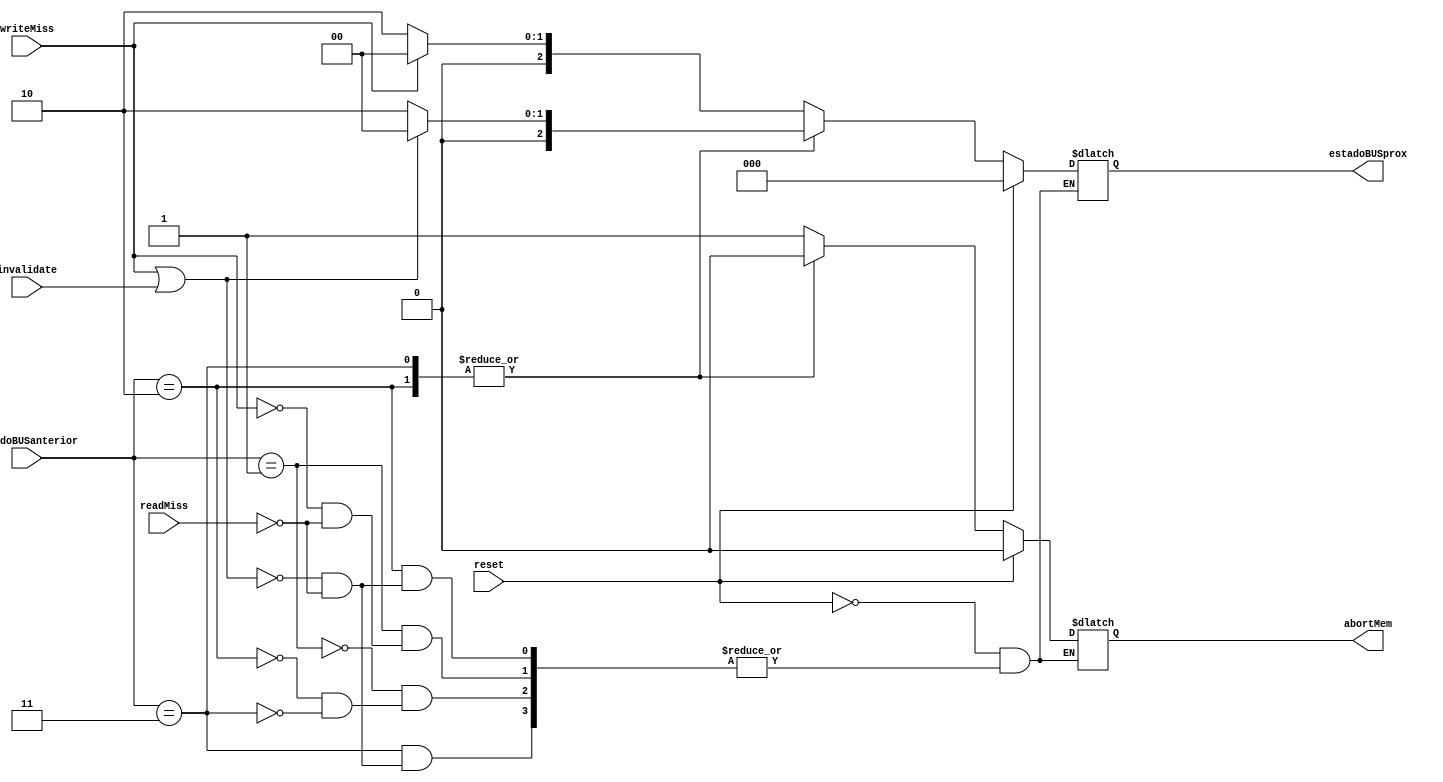
module maquinaMESIbus(estadoBUSanterior, readMiss, writeMiss, invalidate, abortMem, estadoBUSprox, reset);

	input [2:0] estadoBUSanterior;
	input readMiss, writeMiss, invalidate, reset;
	
	output reg [2:0] estadoBUSprox;
	output reg abortMem;
	
	//INVALID = 3'b000
	//MODIFIED = 3'b001
	//SHARED = 3'b010
	//EXCLUSIVE = 3'b011
	
	initial begin
		estadoBUSprox <= 3'b000;	//INVALID
		abortMem <= 1'b0;
	end

	always@(*)
	begin
		if(reset == 1'b1)
		begin
			estadoBUSprox <= 3'b000;	//INVALID
			abortMem <= 1'b0;
		end
	
		else begin
		
			case(estadoBUSanterior)
				3'b001:	//MODIFIED
				begin
					if(writeMiss == 1'b1)
					begin
						estadoBUSprox <= 3'b000;	//INVALID
						abortMem <= 1'b1;
					end
					
					else if(readMiss == 1'b1)
					begin
						estadoBUSprox <= 3'b010;	//SHARED
						abortMem <= 1'b1;
					end
				end
				
				3'b010:	//SHARED
				begin
					if(writeMiss == 1'b1 || invalidate == 1'b1)
					begin
						estadoBUSprox <= 3'b000;	//INVALID
						abortMem <= 1'b0;
					end
					
					else if(readMiss == 1'b1)
					begin
						estadoBUSprox <= 3'b010;	//SHARED
						abortMem <= 1'b0;
					end
				end
				
				3'b011:	//EXCLUSIVE
				begin
					if(writeMiss == 1'b1 || invalidate == 1'b1)
					begin
						estadoBUSprox <= 3'b000;	//INVALID
						abortMem <= 1'b0;
					end
					
					else if(readMiss == 1'b1)
					begin
						estadoBUSprox <= 3'b010;	//SHARED
						abortMem <= 1'b0;
					end
				end
			
			endcase
	
		end
		
	
	end

endmodule